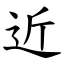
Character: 近